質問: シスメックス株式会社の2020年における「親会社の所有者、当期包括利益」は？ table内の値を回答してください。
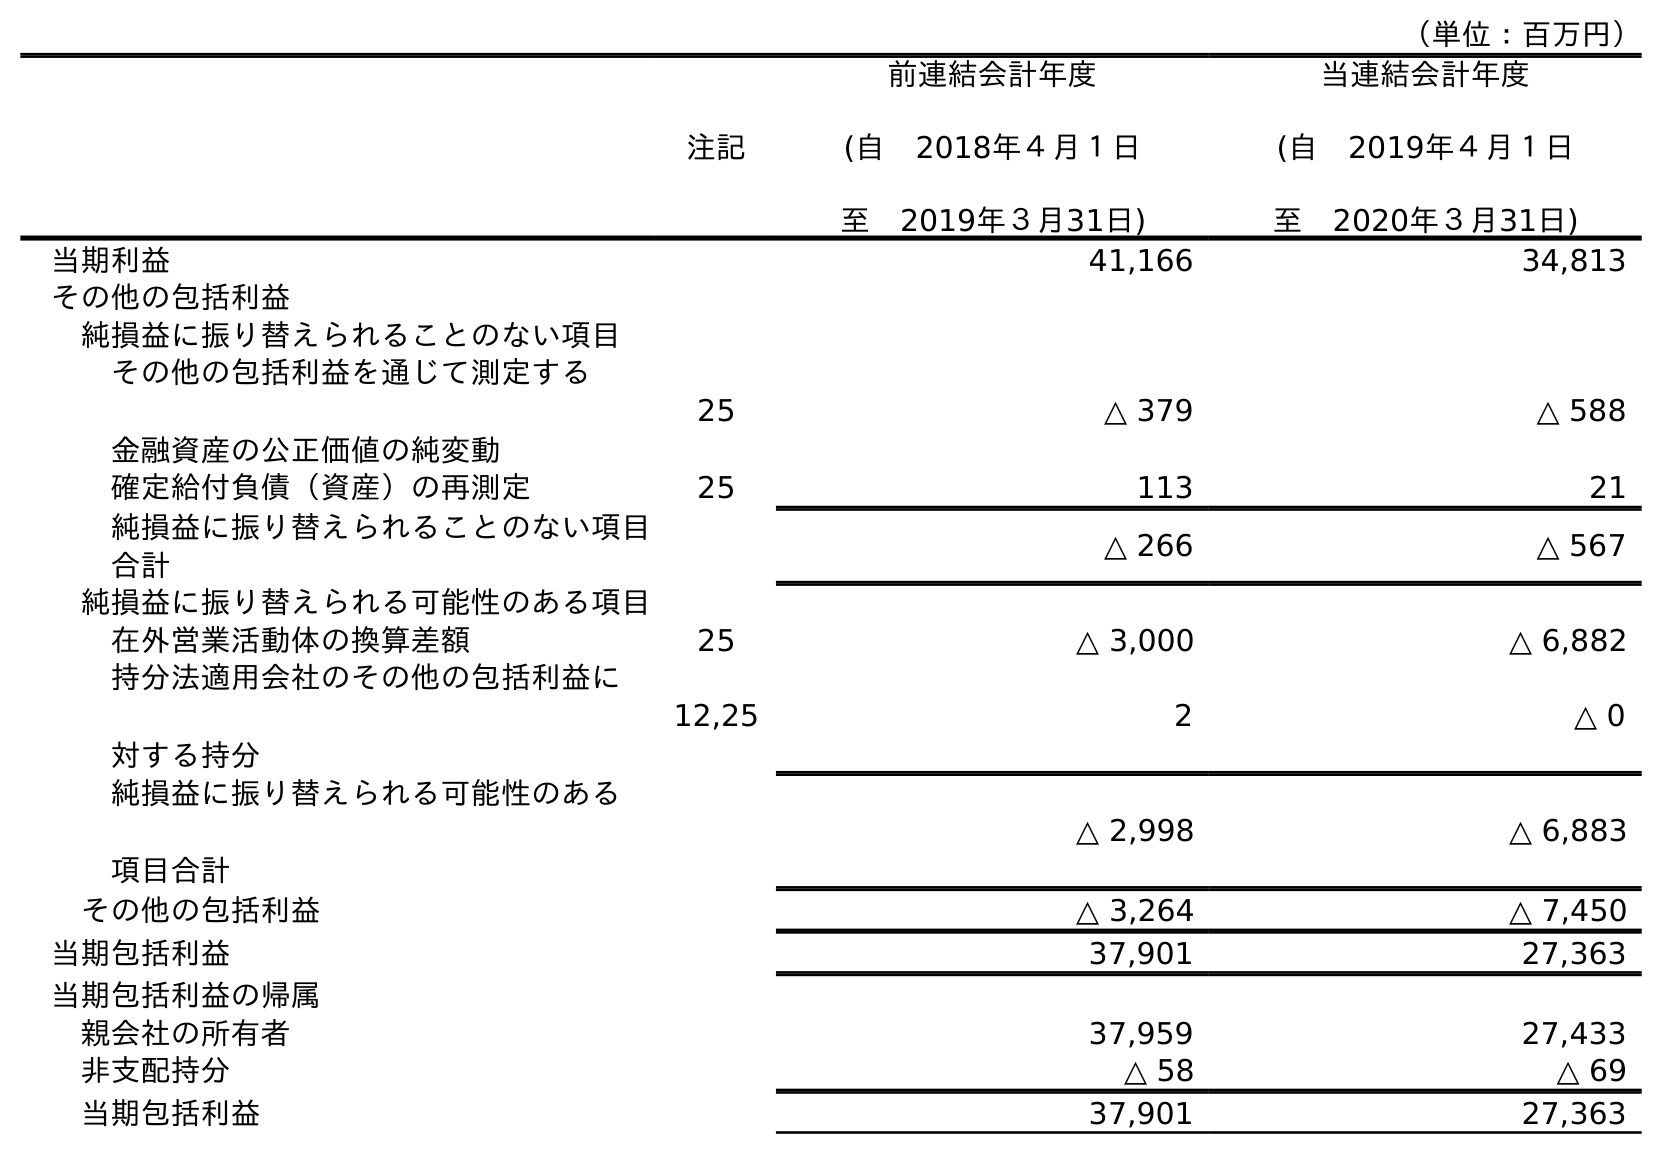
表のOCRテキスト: （単位：百万円） 注記 前連結会計年度 (自 2018年４月１日 至 2019年３月31日) 当連結会計年度 (自 2019年４月１日 至 2020年３月31日) 当期利益 41,166 34,813 その他の包括利益 純損益に振り替えられることのない項目 その他の包括利益を通じて測定する 金融資産の公正価値の純変動 25 △ 379 △ 588 確定給付負債（資産）の再測定 25 113 21 純損益に振り替えられることのない項目 合計 △ 266 △ 567 純損益に振り替えられる可能性のある項目 在外営業活動体の換算差額 25 △ 3,000 △ 6,882 持分法適用会社のその他の包括利益に 対する持分 12,25 2 △ 0 純損益に振り替えられる可能性のある 項目合計 △ 2,998 △ 6,883 その他の包括利益 △ 3,264 △ 7,450 当期包括利益 37,901 27,363 当期包括利益の帰属 親会社の所有者 37,959 27,433 非支配持分 △ 58 △ 69 当期包括利益 37,901 27,363
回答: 27,433